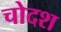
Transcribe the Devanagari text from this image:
चोदश